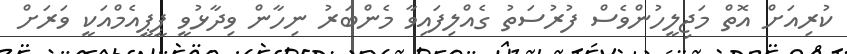
ކުރިއަށް އޮތް މަޖިލީހުންވެސް ފުރުސަތު ގެއްލިފައިވާ މެންބަރު ނިހާން ވިދާޅުވީ ޕީޕީއެމްއަކީ ވަރަށް